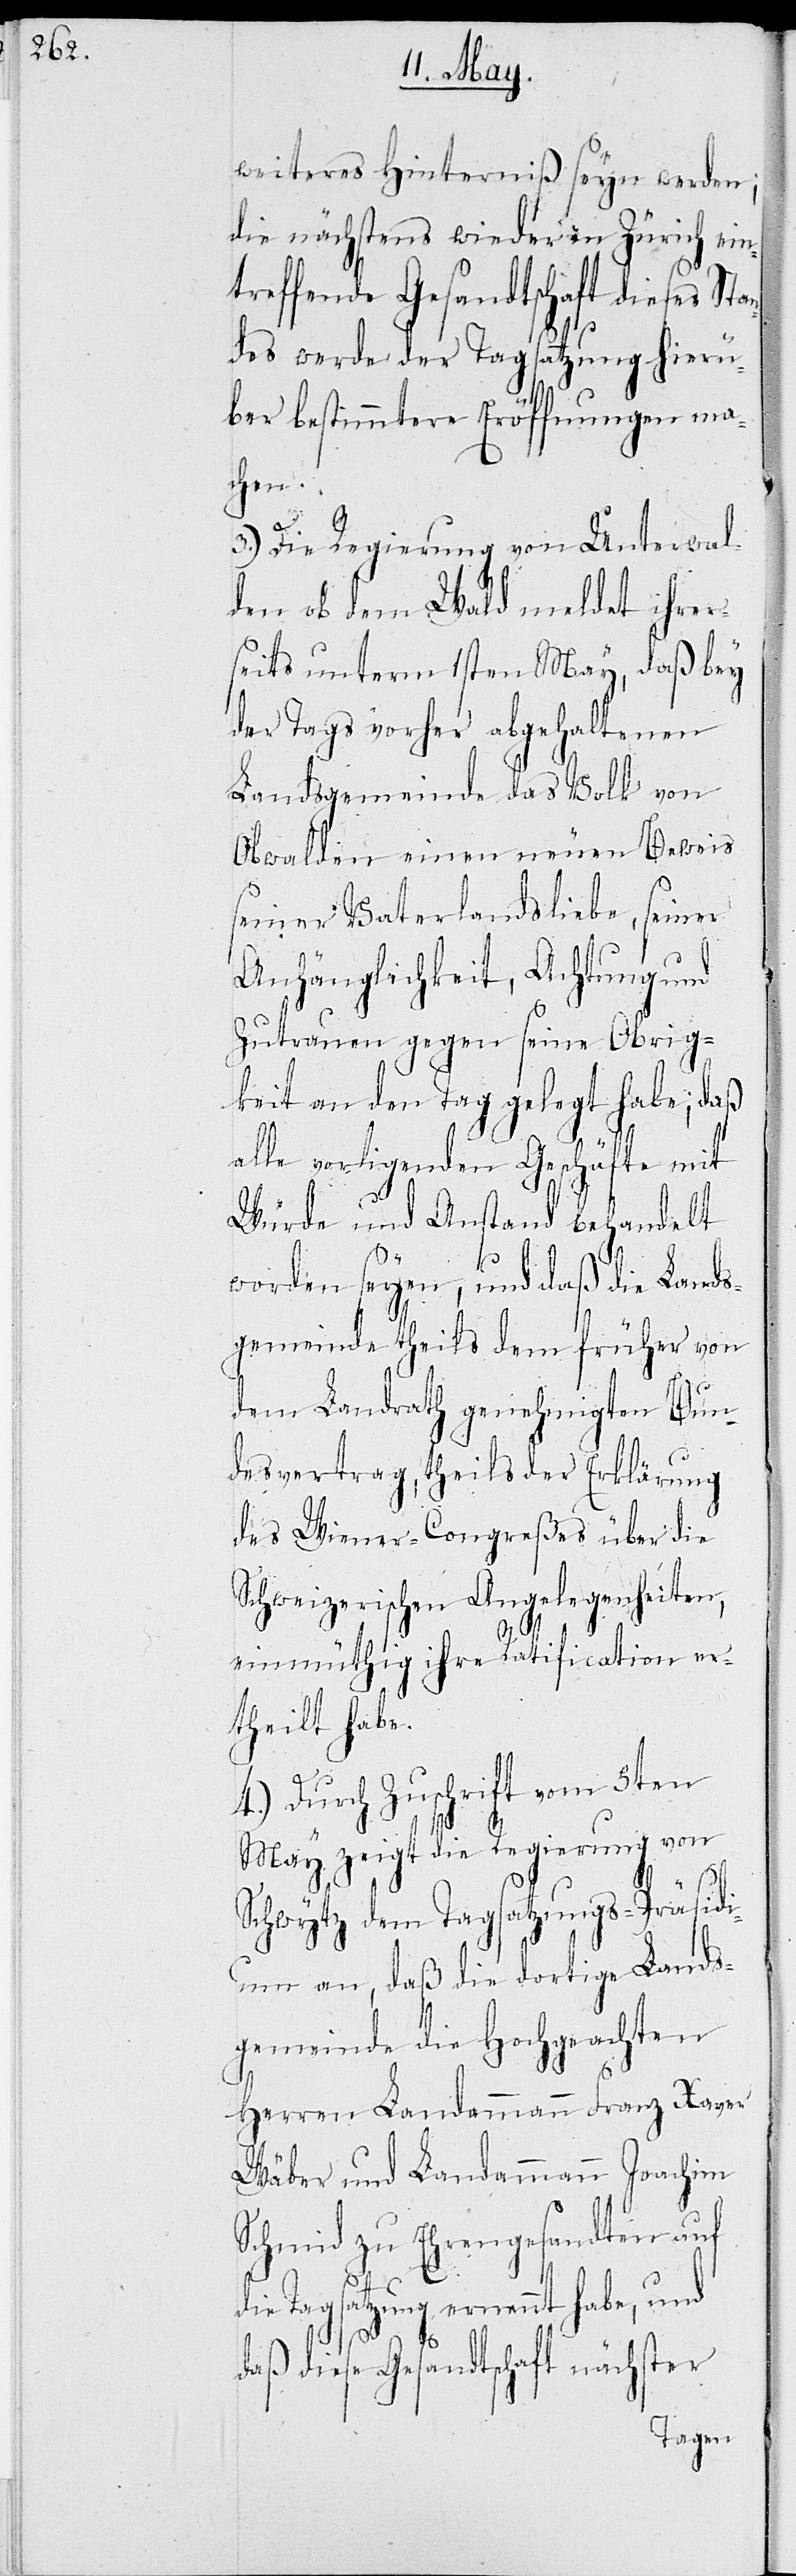
weiteres Hinterniß seyn werden;
die nächstens wieder in Zürich ein¬
treffende Gesandtschaft dieses Sta¬
ndes werde der Tagsatzung hierü¬
ber bestimmtere Eröffnungen ma¬
chen.
3.) Die Regierung von Unterwal¬
den ob dem Wald meldet ihrer¬
seits unterm 1sten May, daß bey
der Tags vorher abgehaltenen
Landsgemeinde das Volk von
Obwalden einen neuen Beweis
seiner Vaterlandsliebe, seiner
Anhänglichkeit, Achtung und
Zutrauen gegen seine Obrig¬
keit an den Tag gelegt habe; daß
alle vorligenden Geschäfte mit
Würde und Anstand behandelt
worden seyen, und daß die Lands¬
gemeinde theils dem früher von
dem Landrath genehmigten Bun¬
desvertrag, theils der Erklärung
des Wiener-Congreßes über die
Schweizerischen Angelegenheiten,
einmüthig ihre Ratification er¬
theilt habe.
4.) Durch Zuschrift vom 5ten
May zeigt die Regierung von
Schwytz dem Tagsatzungspräsidi¬
um an, daß die dortige Lands¬
gemeinde die Hochgeachten
Herrn Landammann Franz Xaver
Wäber und Landammann Joachim
Schmid zu Ehrengesandten auf
die Tagsatzung ernannt habe, und
daß diese Gesandtschaft nächster